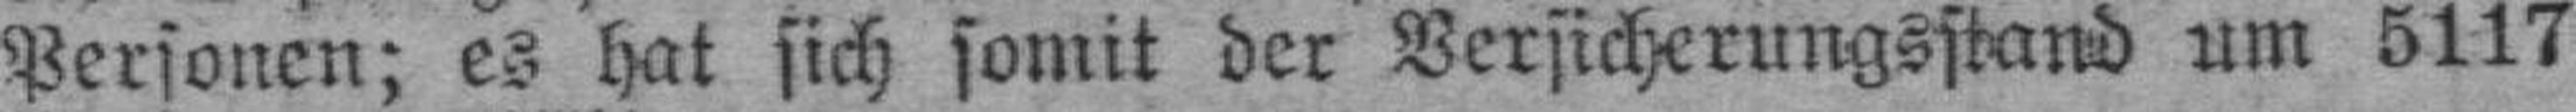
Personen; es hat sich somit der Versicherungsstand um 5117